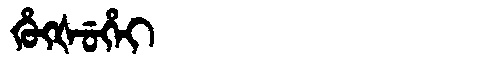
Manchu: ᡥᡠᡴᡧᡠᡥᡝᡳ
Romanization: HUKŠUHEI